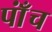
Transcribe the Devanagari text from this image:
पाँंच